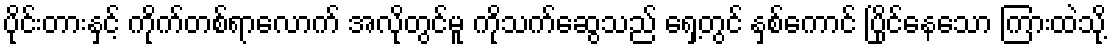
ပိုင်းတားနှင့် ကိုက်တစ်ရာလောက် အလိုတွင်မူ ကိုသက်ဆွေသည် ရှေ့တွင် နှစ်ကောင် ပြိုင်နေသော ကြားထဲသို့